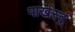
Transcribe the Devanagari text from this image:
पार्खर्स्ट्र